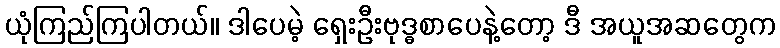
ယုံကြည်ကြပါတယ်။ ဒါပေမဲ့ ရှေးဦးဗုဒ္ဓစာပေနဲ့တော့ ဒီ အယူအဆတွေက